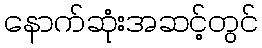
နောက်ဆုံးအဆင့်တွင်